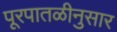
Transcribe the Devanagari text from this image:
पूरपातळीनुसार